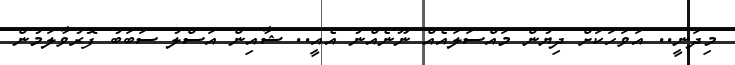
މިދަނީ.. އަވަހަކަށް ދިޔުން މައްސަލައެއް ނޫނެއްނު އެއީ.. ޝާއިން އަސްލު ސަބަބު ފޮރުވާލަމުން